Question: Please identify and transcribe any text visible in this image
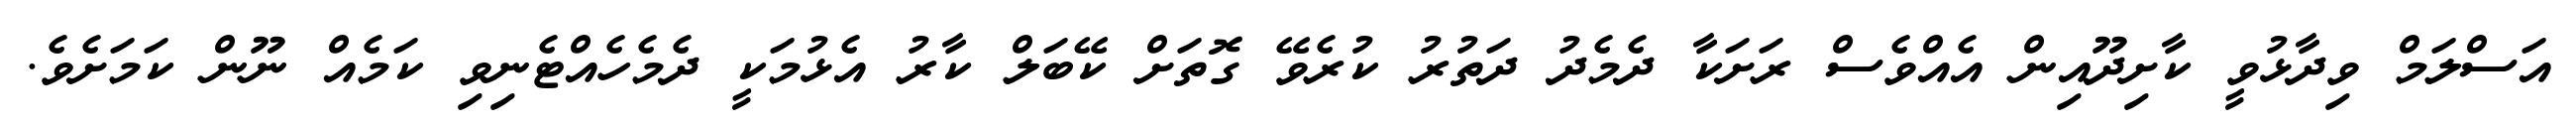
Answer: އަސްލަމް ވިދާޅުވީ ކާށިދޫއިން އެއްވެސް ރަށަކާ ދެމެދު ދަތުރު ކުރެވޭ ގޮތަށް ކޭބަލް ކާރު އެޅުމަކީ ދެމެހެއްޓެނިވި ކަމެއް ނޫން ކަމަށެވެ.